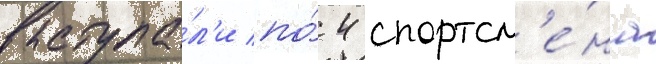
выступа́л'и по́ 4 спортсм'е́на